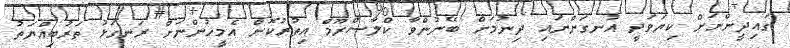
ގައިދީންނަށް ކިޔަވަދީ އުނގަންނައި ދިނުމަށް ބޭނުންވާ ކްލާސްރޫމް އިތުރުކޮށް އެމީހުންނަށް ރަނގަޅު ތަރުބިއްޔަތު